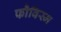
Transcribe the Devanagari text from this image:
फौविस्म